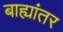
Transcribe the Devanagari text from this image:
बाह्यांतर